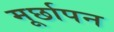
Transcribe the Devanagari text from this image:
मूर्छापन